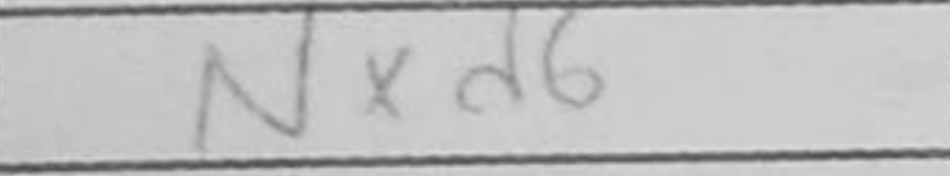
Transcription: Nxd7